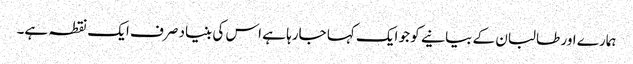
ہمارے اور طالبان کے بیانیے کو جو ایک کہا جارہا ہے اس کی بنیاد صرف ایک نقطہ ہے۔